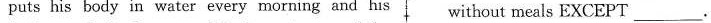
puts his body in water every morning and his without meals EXCEPT _________.